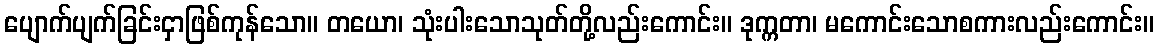
ပျောက်ပျက်ခြင်းငှာဖြစ်ကုန်သော။ တယော၊ သုံးပါးသောသုတ်တို့လည်းကောင်း။ ဒုက္ကတာ၊ မကောင်းသောစကားလည်းကောင်း။